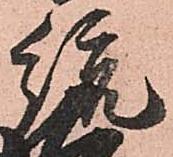
統